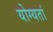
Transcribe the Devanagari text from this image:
योग्यतां